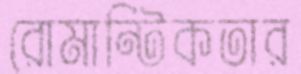
রোমান্টিকতার